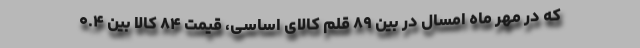
که در مهر ماه امسال در بین ۸۹ قلم کالای اساسی، قیمت ۸۴ کالا بین ۰.۴